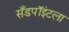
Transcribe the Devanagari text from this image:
सँडपॉइंटला